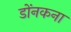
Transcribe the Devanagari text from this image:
डोंनकना